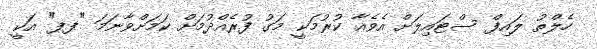
ހެލްތު ލައިފް ސްޓައިލަށް އެވެއާ ކުރުމަކީ މަގު ފުރެއްދުމަށް ކަމަށްވާނަމަ "ފފ" އަކީ